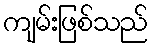
ကျမ်းဖြစ်သည်